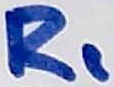
Text: R1